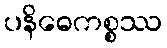
ပနိဓေကစ္စဿ